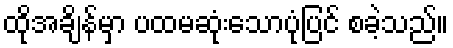
ထိုအချိန်မှာ ပထမဆုံးသောပုံပြင် စခဲ့သည်။